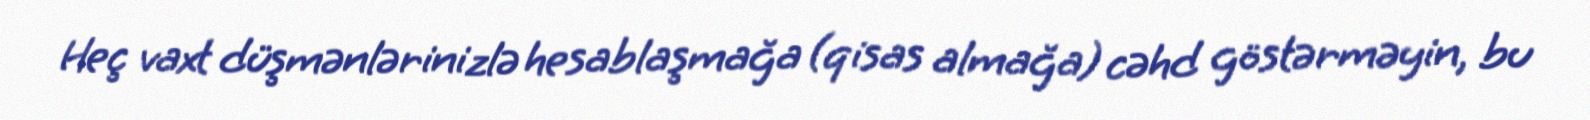
Heç vaxt düşmənlərinizlə hesablaşmağa (qisas almağa) cəhd göstərməyin, bu